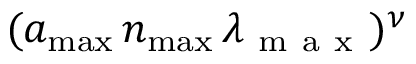
( a _ { \mathrm { m a x } } \, n _ { \mathrm { m a x } } \, \lambda _ { \mathrm { ~ m ~ a ~ x ~ } } ) ^ { \nu }